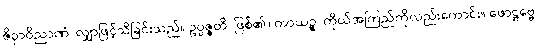
ဇိဝှာဝိညာဏံ၊ လျှာဖြင့်သိခြင်းသည်။ ဥပ္ပဇ္ဇတိ၊ ဖြစ်၏။ ကာယဉ္စ၊ ကိုယ်အကြည်ကိုလည်းကောင်း။ ဖောဋ္ဌဗ္ဗေ